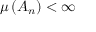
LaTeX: \mu \left( A _ { n } \right) < \infty